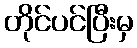
တိုင်ပင်ပြီးမှ